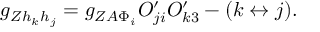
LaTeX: g _ { Z h _ { k } h _ { j } } = g _ { Z A \Phi _ { i } } O _ { j i } ^ { \prime } O _ { k 3 } ^ { \prime } - ( k \leftrightarrow j ) .